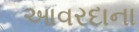
આવરદાના